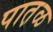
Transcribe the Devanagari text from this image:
पात़ळ